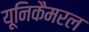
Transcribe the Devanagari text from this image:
यूनिकैमरल